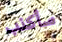
سأكذب